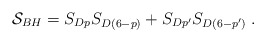
\begin{align*}{\cal S}_{BH}=S_{Dp}S_{D(6-p)}+S_{Dp'}S_{D(6-p')} \; .\end{align*}